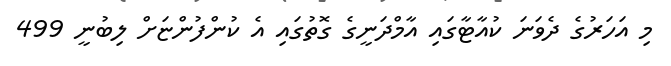
މި އަހަރުގެ ދެވަނަ ކުއާޓާގައި އާމްދަނީގެ ގޮތުގައި އެ ކުންފުންޏަށް ލިބުނީ 499